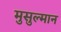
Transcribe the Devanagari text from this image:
मुसुल्मान